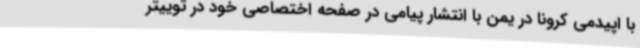
با اپیدمی کرونا در یمن با انتشار پیامی در صفحه اختصاصی خود در توییتر